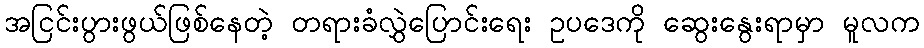
အငြင်းပွားဖွယ်ဖြစ်နေတဲ့ တရားခံလွှဲပြောင်းရေး ဥပဒေကို ဆွေးနွေးရာမှာ မူလက